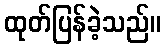
ထုတ်ပြန်ခဲ့သည်။